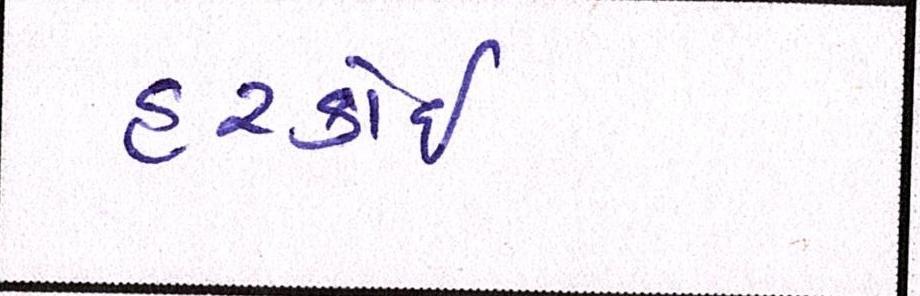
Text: હરકોઈ